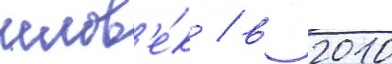
челов'е́к / в 2010